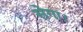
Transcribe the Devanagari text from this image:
सेगा।